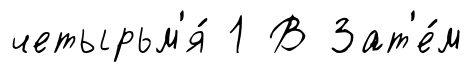
четырьм'я́ 1 В Зат'е́м